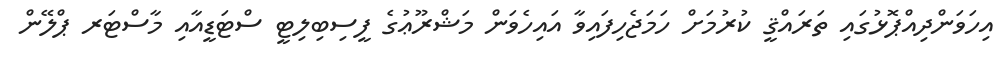
އިހަވަންދިއްޕޮޅުގައި ތަރައްޤީ ކުރުމަށް ހަމަޖެހިފައިވާ އައިހެވަން މަޝްރޫޢުގެ ފީސިބިލިޓީ ސްޓަޑީއާއި މާސްޓަރ ޕްލޭން